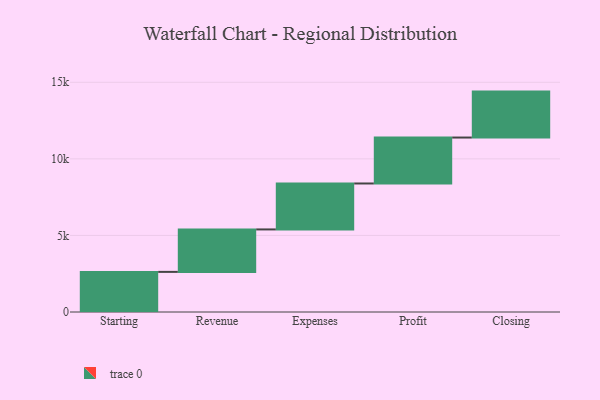
{"axis": {"x": "Step", "y": "Value"}, "legend": [""], "data": [{"x": "Starting", "y": 2620.0, "type": ""}, {"x": "Revenue", "y": 2772.0, "type": ""}, {"x": "Expenses", "y": 3000, "type": ""}, {"x": "Profit", "y": 3000, "type": ""}, {"x": "Closing", "y": 3000, "type": ""}]}